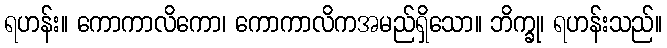
ရဟန်း။ ကောကာလိကော၊ ကောကာလိကအမည်ရှိသော။ ဘိက္ခု၊ ရဟန်းသည်။